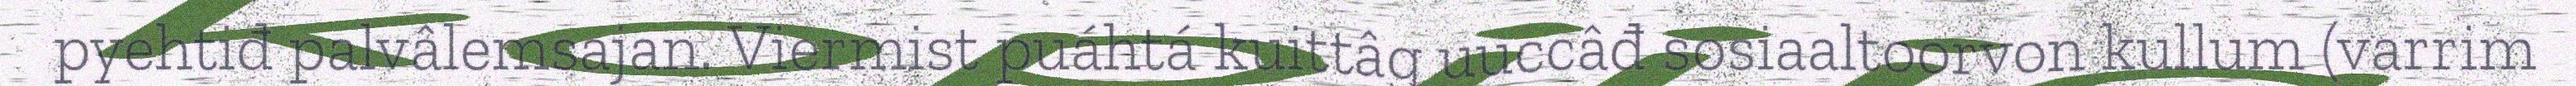
pyehtiđ palvâlemsajan. Viermist puáhtá kuittâg uuccâđ sosiaaltoorvon kullum (varrim